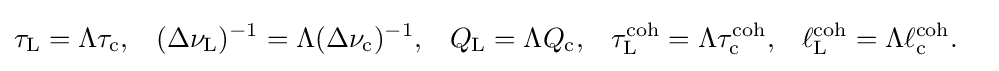
{\begin{aligned}\tau _{\rm {L}}&=\Lambda \tau _{\rm {c}},&(\Delta \nu _{\rm {L}})^{-1}&=\Lambda (\Delta \nu _{\rm {c}})^{-1},&Q_{\rm {L}}&=\Lambda Q_{\rm {c}},&\tau _{\rm {L}}^{\rm {coh}}&=\Lambda \tau _{\rm {c}}^{\rm {coh}},&\ell _{\rm {L}}^{\rm {coh}}&=\Lambda \ell _{\rm {c}}^{\rm {coh}}.\end{aligned}}